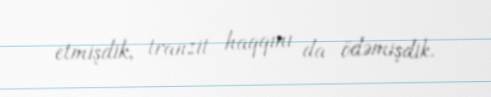
etmişdik, tranzit haqqını da ödəmişdik.